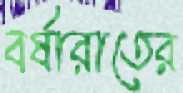
বর্ষারাতের